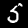
Digit: 5